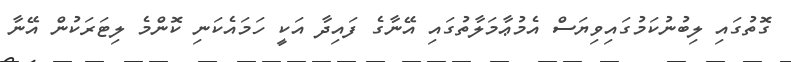
ގޮތުގައި ލިބުނުކަމުގައިވިޔަސް އެމުޢާމަލާތުގައި އޭނާގެ ފައިދާ އަކީ ހަމައެކަނި ކޮންމެ ލިޓަރަކުން އޭނާ